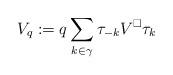
LaTeX: \begin{align*} V_q := q \sum_{k \in \gamma} \tau_{-k} V^\square \tau_k\end{align*}